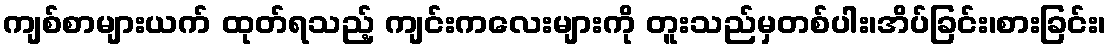
ကျစ်စာများယက် ထုတ်ရသည့် ကျင်းကလေးများကို တူးသည်မှတစ်ပါး၊အိပ်ခြင်း၊စားခြင်း၊